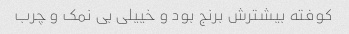
کوفته بیشترش برنج بود و خییلی بی نمک و چرب